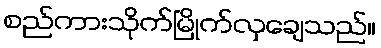
စည်ကားသိုက်မြိုက်လှချေသည်။